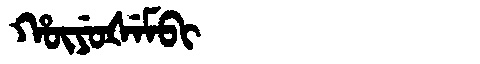
Manchu: ᡥᡡᠶᡠᡧᡝᠮᠪᡳ
Romanization: HŪYUŠEMBI